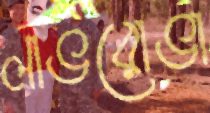
লাভরোভা